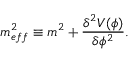
m _ { e f f } ^ { 2 } \equiv m ^ { 2 } + \frac { { \delta } ^ { 2 } V ( { \phi } ) } { { \delta } { \phi } ^ { 2 } } .